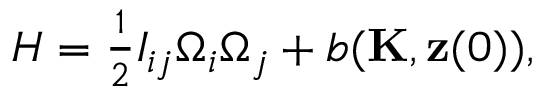
\begin{array} { r } { H = \frac 1 2 I _ { i j } \Omega _ { i } \Omega _ { j } + b ( { \bf K } , { \bf z } ( 0 ) ) , } \end{array}